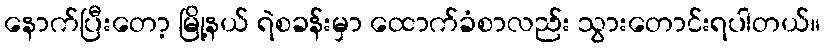
နောက်ပြီးတော့ မြို့နယ် ရဲစခန်းမှာ ထောက်ခံစာလည်း သွားတောင်းရပါတယ်။